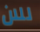
للان